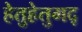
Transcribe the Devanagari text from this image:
हेतुहेतुमद्